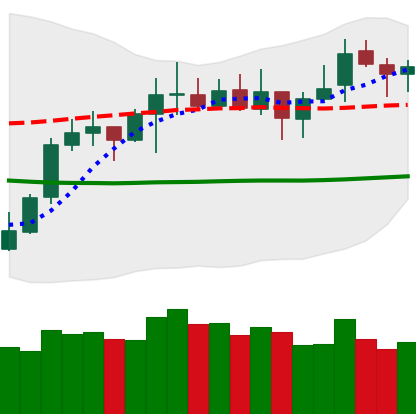
Ticker: LTC-USD
Chart end date: 2021-10-18
Forward return: 5.795%
Label: up_5_7